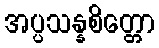
အပ္ပသန္နစိတ္တော